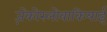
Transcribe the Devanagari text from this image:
ज़ेकोस्लोवाकियाई